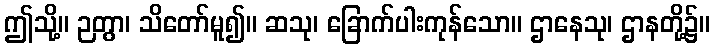
ဤသို့။ ဉတွာ၊ သိတော်မူ၍။ ဆသု၊ ခြောက်ပါးကုန်သော။ ဌာနေသု၊ ဌာနတို့၌။